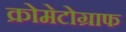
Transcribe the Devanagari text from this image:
क्रोमेटोग्राफ